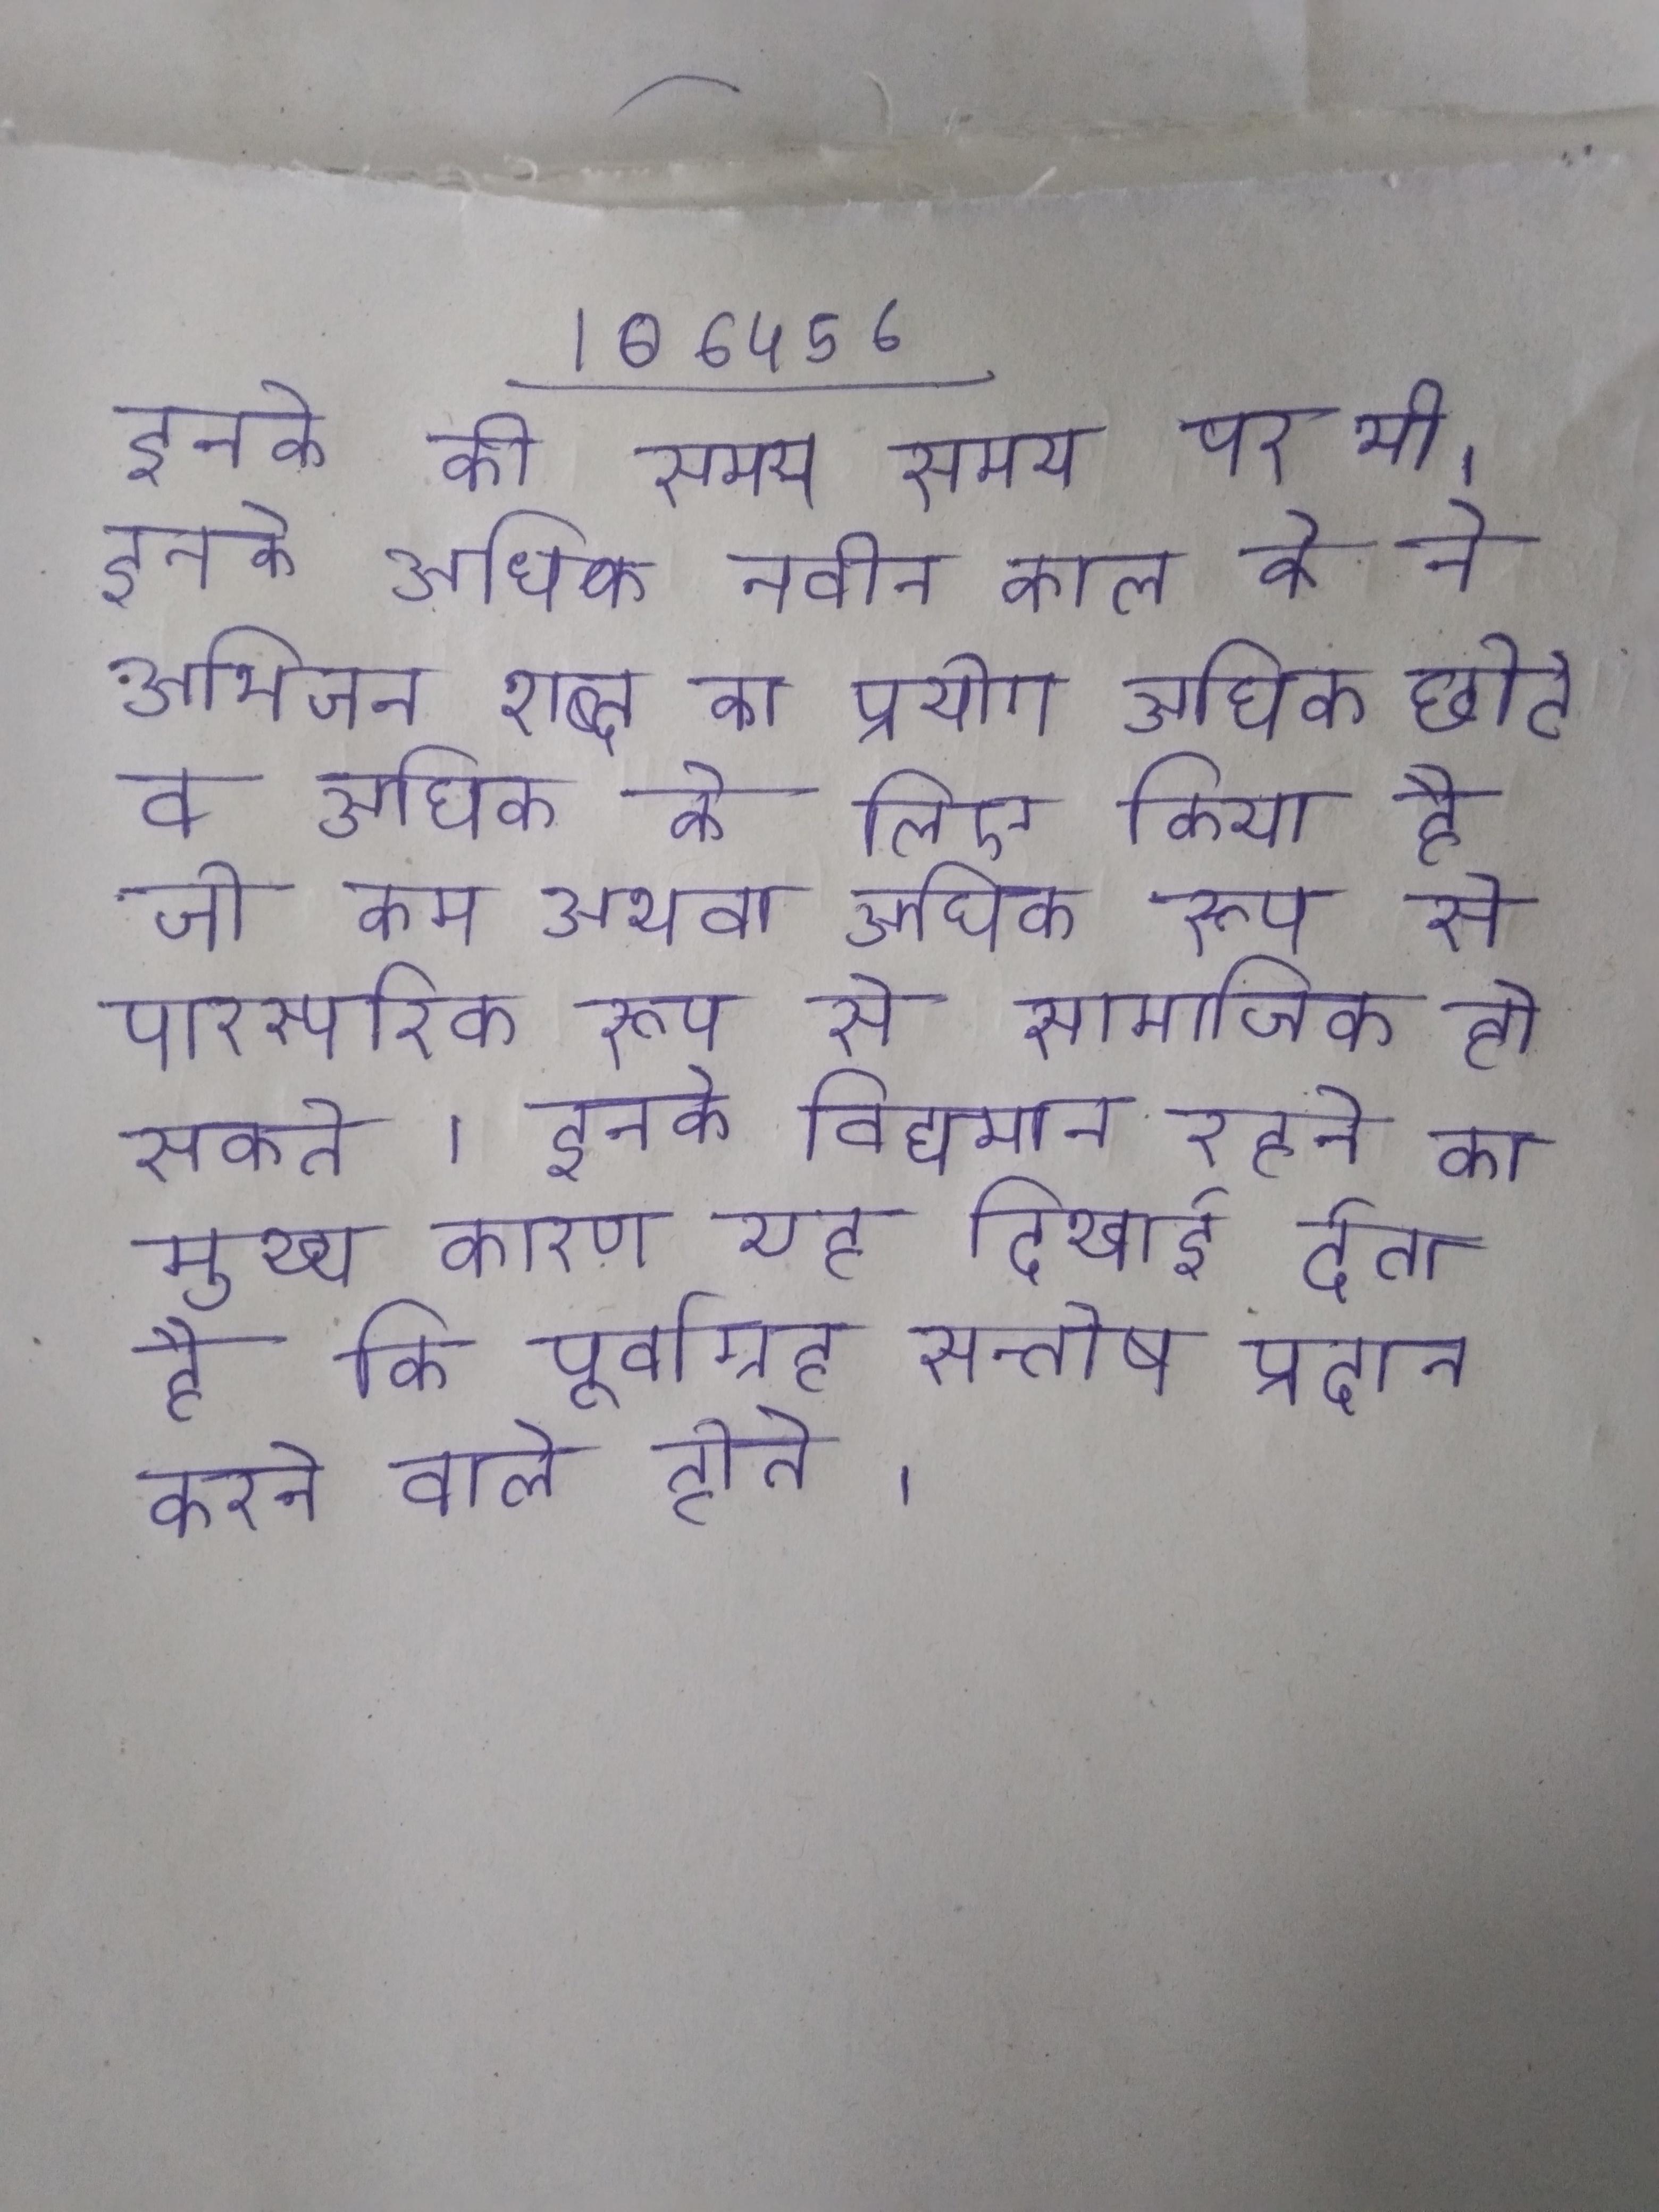
इनके की समय समय पर भी । इनके अधिक नवीन काल के ने अभिजन शब्द का प्रयोग अधिक छोटे व अधिक के लिए किया है जो कम अथवा अधिक रूप से पारस्परिक रूप से सामाजिक से सम्बन्धित हो सकते । इनके विद्यमान रहने का मुख्य कारण यह दिखाई देता है कि पूर्वाग्रह सन्तोष प्रदान करने वाले होते ।